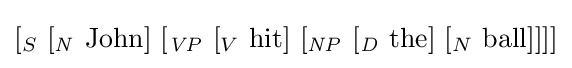
[_{S}\ [_{\mathit {N}}\ {\text{John}}]\ [_{\mathit {VP}}\ [_{V}\ {\text{hit}}]\ [_{\mathit {NP}}\ [_{\mathit {D}}\ {\text{the}}]\ [_{N}\ {\text{ball}}]]]]